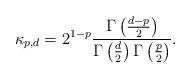
LaTeX: \begin{align*}\kappa_{p,d} = 2^{1-p}\frac{\Gamma\left(\frac{d-p}{2}\right)}{\Gamma\left(\frac{d}{2}\right)\Gamma\left(\frac{p}{2}\right)}.\end{align*}